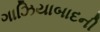
ગાઝિયાબાદની